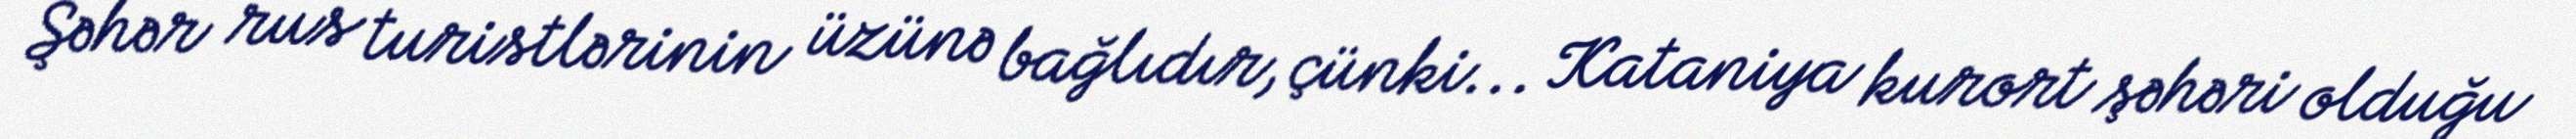
Şəhər rus turistlərinin üzünə bağlıdır, çünki... Kataniya kurort şəhəri olduğu